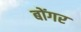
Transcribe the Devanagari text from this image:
बोंगर